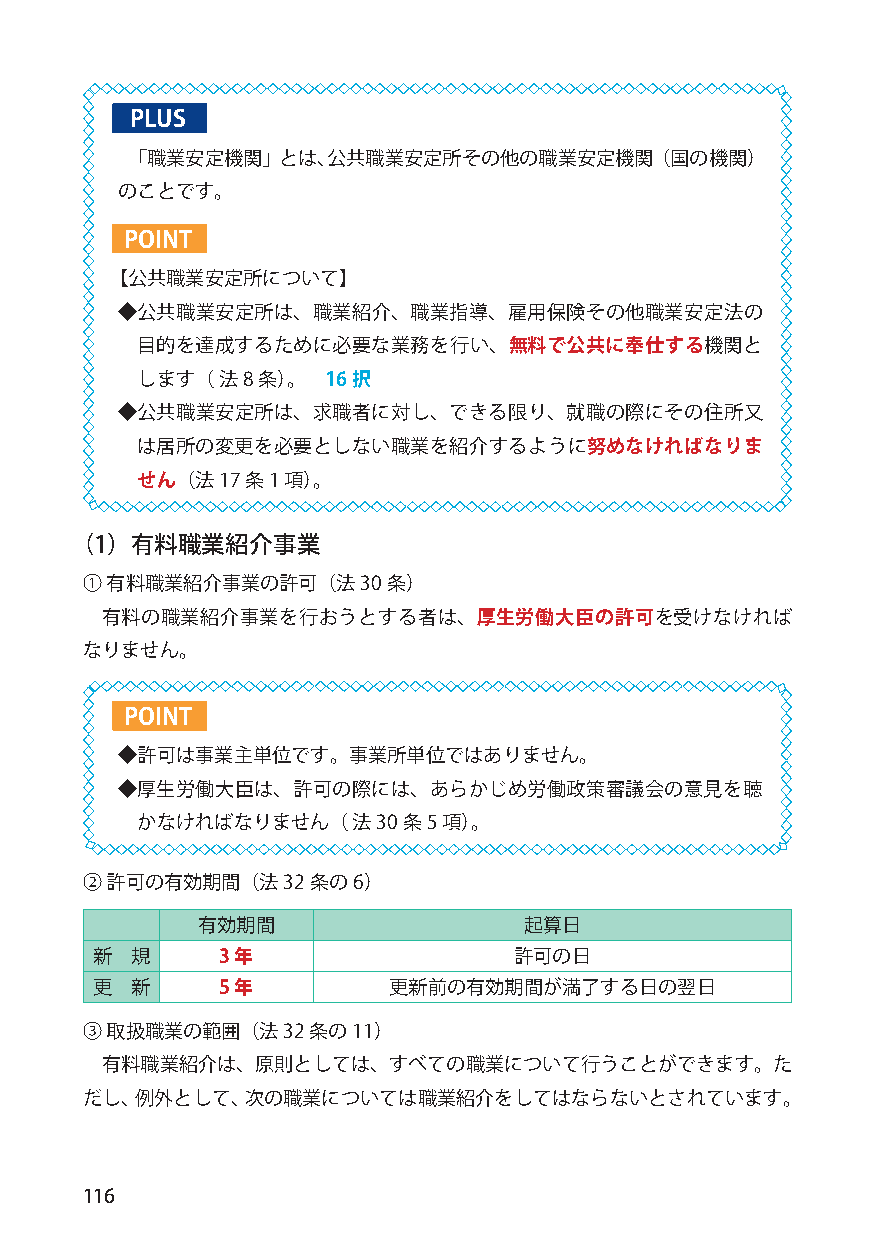
PLUS
 「職業安定機関」とは、公共職業安定所その他の職業安定機関（国の機関）
 のことです。
 POINT
 【公共職業安定所について】
 ◆公共職業安定所は、職業紹介、職業指導、雇用保険その他職業安定法の
 目的を達成するために必要な業務を行い、無料で公共に奉仕する機関と
 します（ 法8条）。   16択
 ◆公共職業安定所は、求職者に対し、できる限り、就職の際にその住所又
 は居所の変更を必要としない職業を紹介するように努めなければなりま
 せん（法17条1項）。
 （1）有料職業紹介事業
 ① 有料職業紹介事業の許可（法30    条）
 有料の職業紹介事業を行おうとする者は、厚生労働大臣の許可を受けなければ
 なりません。
 POINT
 ◆許可は事業主単位です。事業所単位ではありません。
 ◆厚生労働大臣は、許可の際には、あらかじめ労働政策審議会の意見を聴
 かなければなりません（   法30 条5 項）。
 ② 許可の有効期間（法32  条の6）
 有効期間                  起算日
 新  規     3 年                許可の日
 更  新     5 年        更新前の有効期間が満了する日の翌日
 ③ 取扱職業の範囲（法32  条の11）
 有料職業紹介は、原則としては、すべての職業について行うことができます。た
 だし、例外として、次の職業については職業紹介をしてはならないとされています。
 116